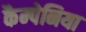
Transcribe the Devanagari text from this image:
कैम्पेनिया